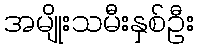
အမျိုးသမီးနှစ်ဦး